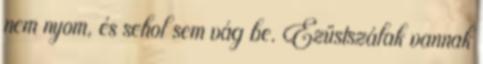
nem nyom, és sehol sem vág be. Ezüstszálak vannak